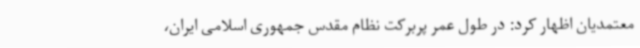
معتمدیان اظهار کرد: در طول عمر پربرکت نظام مقدس جمهوری اسلامی ایران،